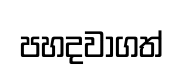
පහදවාගත්